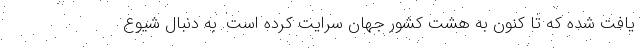
یافت شده که تا کنون به هشت کشور جهان سرایت کرده است. به دنبال شیوع